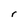
Character: r